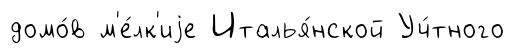
домо́в м'е́лк'иjе Италья́нской Уч́тного